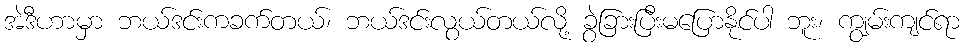
အဲဒီဟာမှာ ဘယ်ဒင်းကခက်တယ်၊ ဘယ်ဒင်းလွယ်တယ်လို့ ခွဲခြားပြီးမပြောနိုင်ပါ ဘူး၊ ကျွမ်းကျင်ရာ